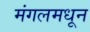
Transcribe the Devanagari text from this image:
मंगलमधून